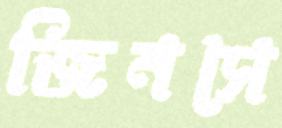
জিনসে